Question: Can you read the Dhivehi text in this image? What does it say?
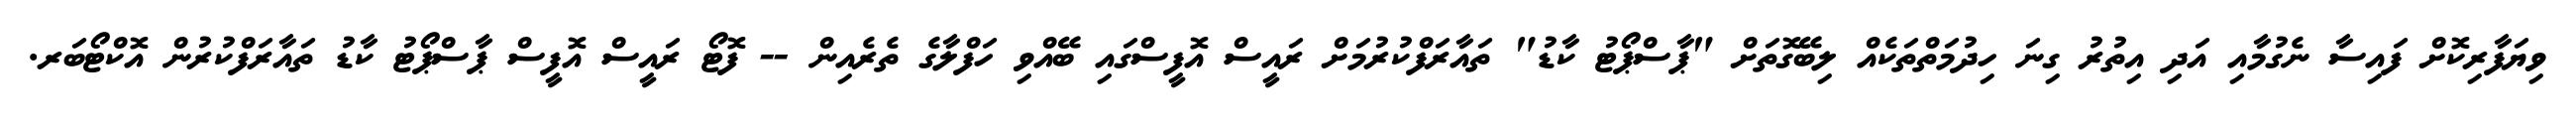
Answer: ވިޔަފާރިކޮށް ފައިސާ ނެގުމާއި އަދި އިތުރު ގިނަ ހިދުމަތްތަކެއް ލިބޭގޮތަށް "ޕާސްޕޯޓު ކާޑު" ތައާރަފްކުރުމަށް ރައީސް އޮފީސްގައި ބޭއްވި ހަފްލާގެ ތެރެއިން -- ފޮޓޯ ރައީސް އޮފީސް ޕާސްޕޯޓު ކާޑު ތައާރަފްކުރުން އޮކްޓޯބަރ.